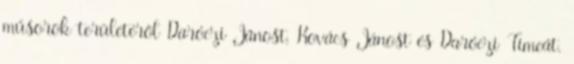
műsorok területéről Daróczi Jánost, Kovács Jánost és Daróczi Tímeát.